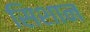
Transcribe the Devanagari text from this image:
सिशान